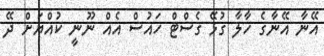
އޭނާ އޭނާގެ ހާލާ ގުޅޭ ގެސްޓް ހައުސް އެއް ނޫނީ ކުއްޔަށް ދޭ